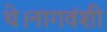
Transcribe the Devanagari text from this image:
थे।नागवंशी